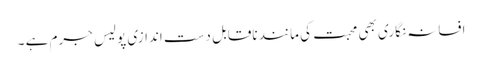
افسانہ نگاری بھی محبت کی مانند ناقابل دست اندازی پولیس جرم ہے ۔